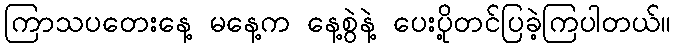
ကြာသပတေးနေ့ မနေ့က နေ့စွဲနဲ့ ပေးပို့တင်ပြခဲ့ကြပါတယ်။